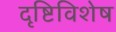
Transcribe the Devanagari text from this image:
दृष्टिविशेष